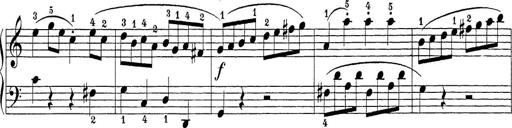
Title: Sonatina Album
Composer: Louis KÃ¶hler